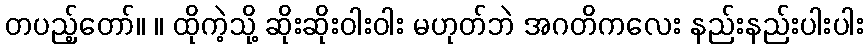
တပည့်တော်။ ။ ထိုကဲ့သို့ ဆိုးဆိုးဝါးဝါး မဟုတ်ဘဲ အဂတိကလေး နည်းနည်းပါးပါး